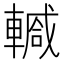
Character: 𨎕